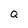
Character: Q